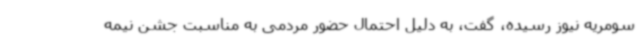
سومریه نیوز رسیده، گفت، به دلیل احتمال حضور مردمی به مناسبت جشن‌ نیمه